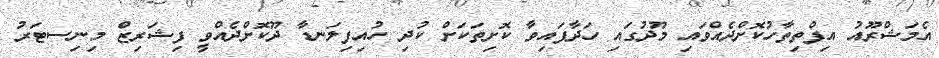
އެމަޝްރޫއު އިފްތިތާހުކޮށްދެއްވައި މޫދުގައި ހަދާފައިވާ ކޮށިތަކަށް ކުދި ހުއިފިލަނޑާ ދޫކޮށްދެއްވީ ފިޝަރިޒް މިނިސޓަރު